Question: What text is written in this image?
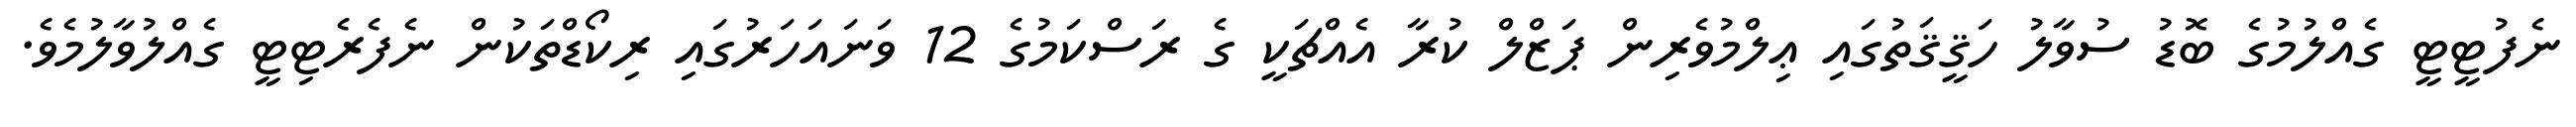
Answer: ނެފުޓީޓީ ގެއްލުމުގެ ބޮޑު ސުވާލު ހަޤީޤަތުގައި ޢިލްމުވެރިން ޕަޒްލް ކުރާ އެއްޗަކީ ގެ ރަސްކަމުގެ 12 ވަނައަހަރުގައި ރިކޯޑްތަކުން ނެފެރެޓިޓީ ގެއްލުވާލުމެވެ.